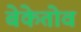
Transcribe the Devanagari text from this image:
बेकेतोव